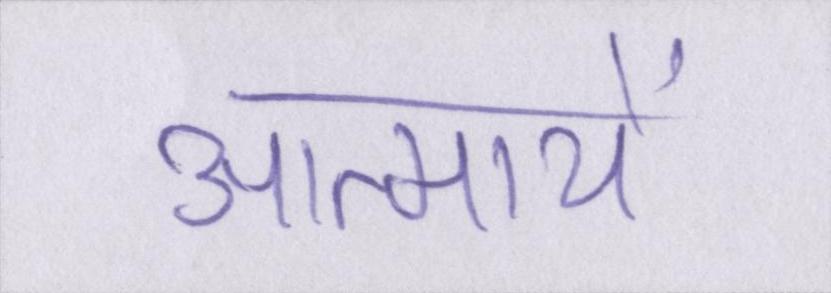
आत्मायें